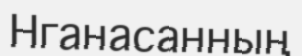
Нганасанның